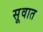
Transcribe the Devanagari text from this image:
सूवात